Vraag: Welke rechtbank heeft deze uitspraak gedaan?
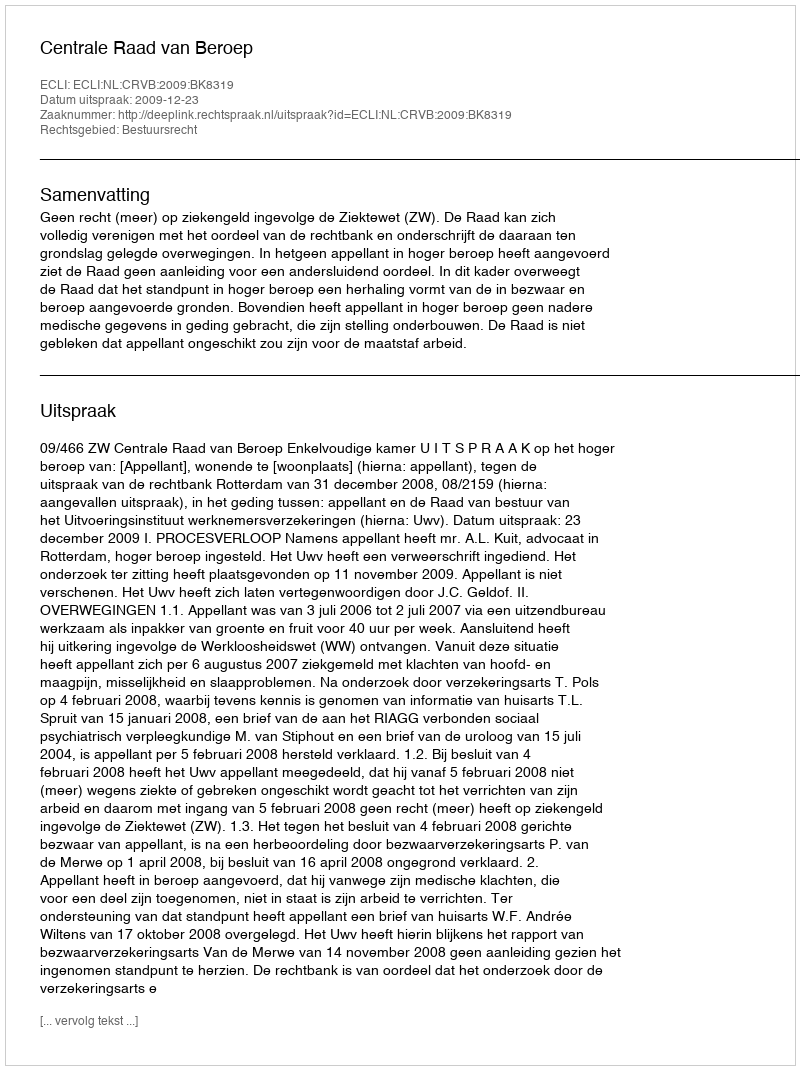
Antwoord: Centrale Raad van Beroep